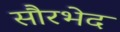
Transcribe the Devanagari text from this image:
सौरभेद